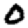
Digit: 0